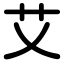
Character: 艾